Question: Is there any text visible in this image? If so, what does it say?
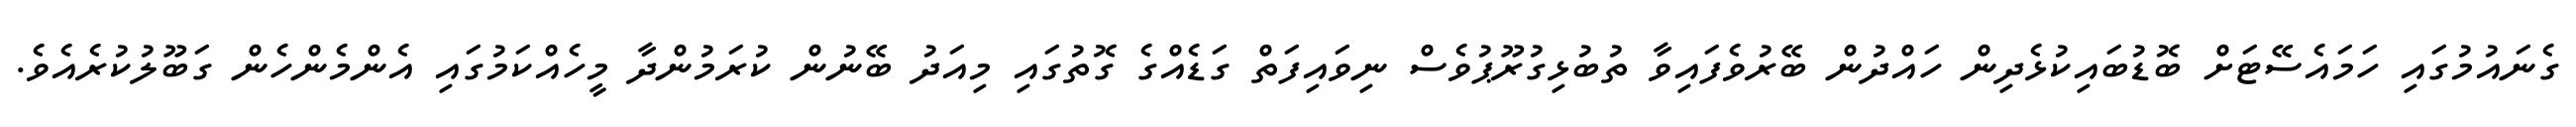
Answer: ގެނައުމުގައި ހަމައެސޭޓަށް ބޮޑުބައިކުޅެދިން ހައްދުން ބޭރުވެފައިވާ ތުބުޅިގުރޫޕުވެސް ނިވައިފަތް ގަޑެއްގެ ގޮތުގައި މިއަދު ބޭނުން ކުރަމުންދާ މީހެއްކަމުގައި އެންމެންހެން ގަބޫލުކުރެއެވެ.